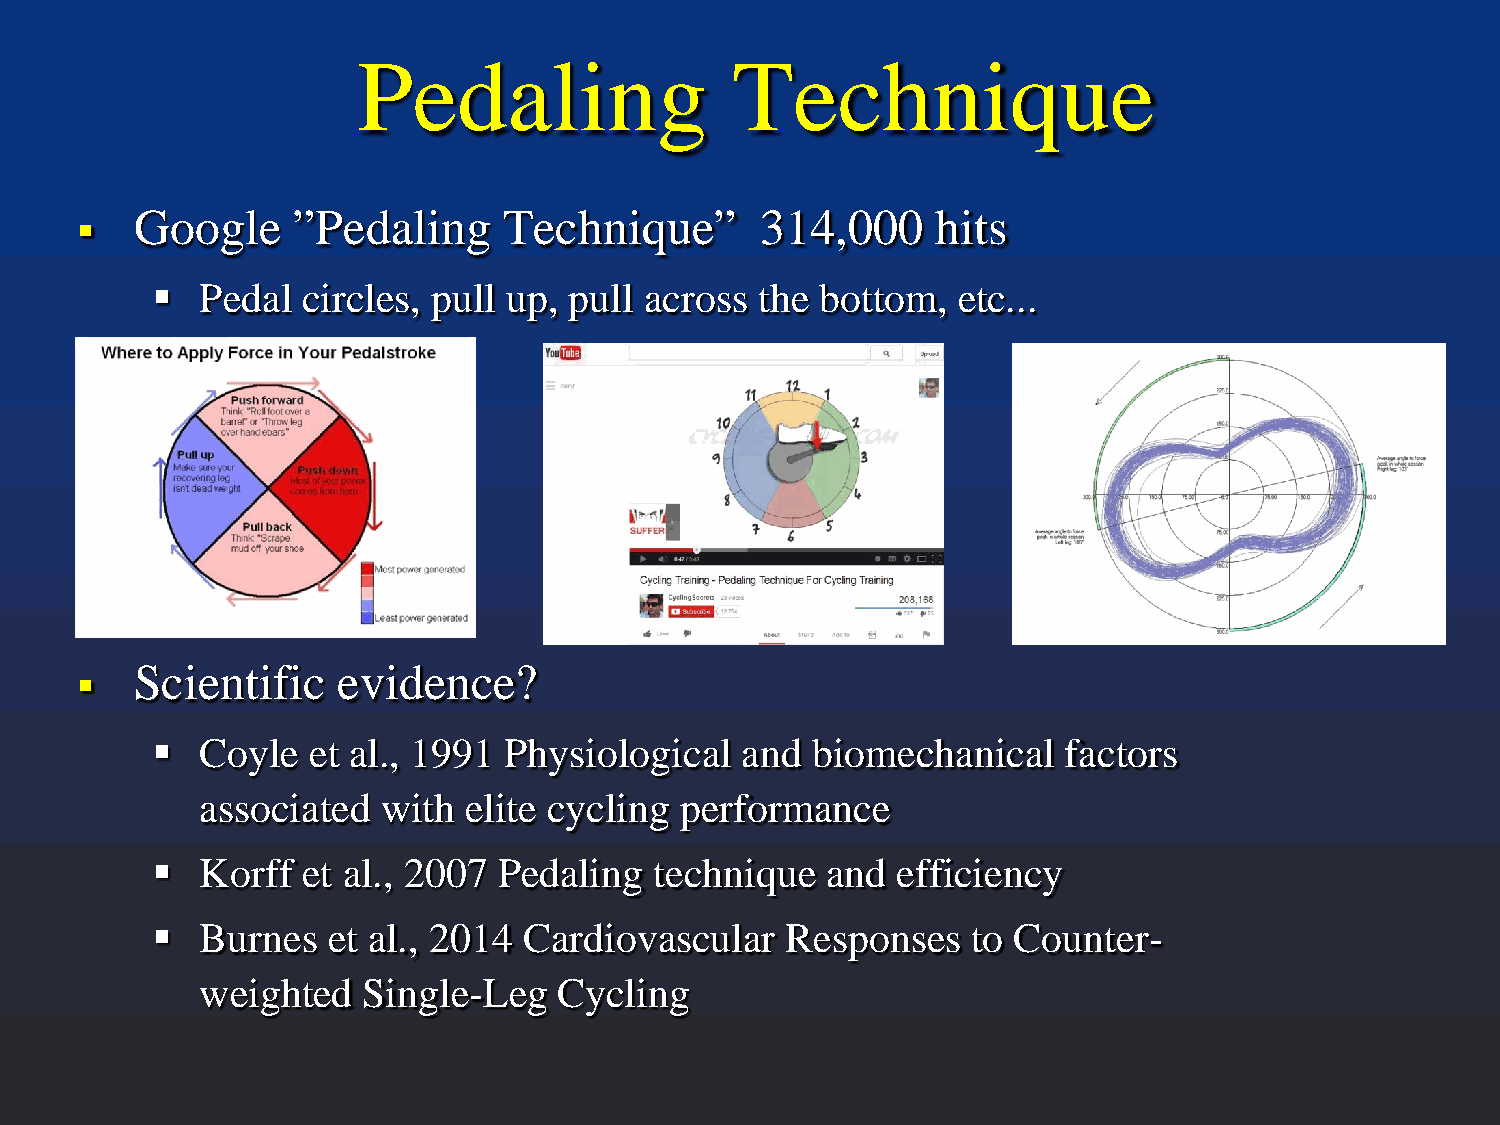
Pedaling                Technique
    Google    ”Pedaling     Technique”       314,000     hits
   Pedal  circles, pull up, pull across the bottom,  etc...
    Scientific   evidence?
   Coyle  et al., 1991 Physiological   and  biomechanical   factors
 associated  with  elite cycling performance
   Korff  et al., 2007 Pedaling  technique   and efficiency
   Burnes   et al., 2014 Cardiovascular   Responses   to Counter-
 weighted   Single-Leg   Cycling